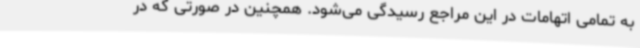
به تمامی اتهامات در این مراجع رسیدگی می‌شود. همچنین در صورتی که در